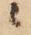
候